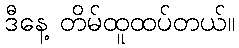
ဒီနေ့ တိမ်ထူထပ်တယ်။